Treatise on elephants
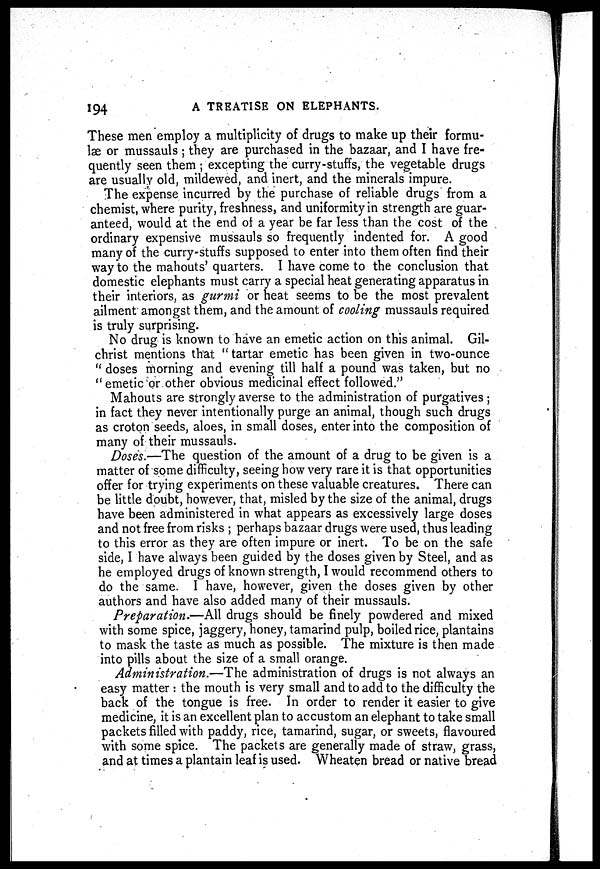
194
A TREATISE ON ELEPHANTS.
These men employ a multiplicity of drugs to make up their formu-
læ or mussauls; they are purchased in the bazaar, and I have fre-
quently seen them ; excepting the curry-stuffs, the vegetable drugs
are usually old, mildewed, and inert, and the minerals impure.
The expense incurred by the purchase of reliable drugs from a
chemist, where purity, freshness, and uniformity in strength are guar-
anteed, would at the end of a year be far less than the cost of the
ordinary expensive mussauls so frequently indented for. A good
many of the curry-stuffs supposed to enter into them often find their
way to the mahouts' quarters. I have come to the conclusion that
domestic elephants must carry a special heat generating apparatus in
their interiors, as gurmi or heat seems to be the most prevalent
ailment amongst them, and the amount of cooling mussauls required
is truly surprising.
No drug is known to have an emetic action on this animal. Gil-
christ mentions that " tartar emetic has been given in two-ounce
" doses morning and evening till half a pound was taken, but no
" emetic or other obvious medicinal effect followed."
Mahouts are strongly averse to the administration of purgatives ;
in fact they never intentionally purge an animal, though such drugs
as croton seeds, aloes, in small doses, enter into the composition of
many of their mussauls.
Doses.—The question of the amount of a drug to be given is a
matter of some difficulty, seeing how very rare it is that opportunities
offer for trying experiments on these valuable creatures. There can
be little doubt, however, that, misled by the size of the animal, drugs
have been administered in what appears as excessively large doses
and not free from risks ; perhaps bazaar drugs were used, thus leading
to this error as they are often impure or inert. To be on the safe
side, I have always been guided by the doses given by Steel, and as
he employed drugs of known strength, I would recommend others to
do the same. I have, however, given the doses given by other
authors and have also added many of their mussauls.
Preparation.—All drugs should be finely powdered and mixed
with some spice, jaggery, honey, tamarind pulp, boiled rice, plantains
to mask the taste as much as possible. The mixture is then made
into pills about the size of a small orange.
Administration.—The administration of drugs is not always an
easy matter : the mouth is very small and to add to the difficulty the
back of the tongue is free. In order to render it easier to give
medicine, it is an excellent plan to accustom an elephant to take small
packets filled with paddy, rice, tamarind, sugar, or sweets, flavoured
with some spice. The packets are generally made of straw, grass,
and at times a plantain leaf is used. Wheaten bread or native bread